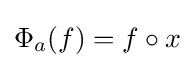
\Phi _{a}(f)=f\circ x